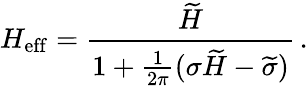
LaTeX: H_{\mathrm{eff}}=\frac{\widetilde{H}}{1+\frac{1}{2\pi}(\sigma\widetilde{H}-\widetilde{\sigma})}\, .